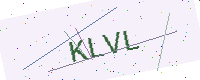
Text: KLVL